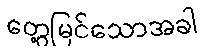
တွေ့မြင်သောအခါ